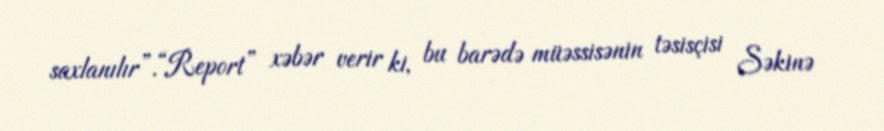
saxlanılır”.“Report” xəbər verir ki, bu barədə müəssisənin təsisçisi Səkinə